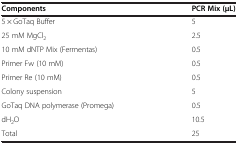
<table><thead><tr><td><b>Components</b></td><td><b>PCR Mix (μL)</b></td></tr></thead><tbody><tr><td>5 × GoTaq Buffer</td><td>5</td></tr><tr><td>25 mM MgCl<sub>2</sub></td><td>2.5</td></tr><tr><td>10 mM dNTP Mix (Fermentas)</td><td>0.5</td></tr><tr><td>Primer Fw (10 mM)</td><td>0.5</td></tr><tr><td>Primer Re (10 mM)</td><td>0.5</td></tr><tr><td>Colony suspension</td><td>5</td></tr><tr><td>GoTaq DNA polymerase (Promega)</td><td>0.5</td></tr><tr><td>dH<sub>2</sub>O</td><td>10.5</td></tr><tr><td>Total</td><td>25</td></tr></tbody></table>